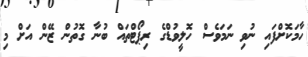
ހާމަކޮށްފައި ނުވި ނަމަވެސް ހޮލީވުޑްގެ ރިޕޯޓްތައް ބުނާ ގޮތުން ޒޭން އަށް މި